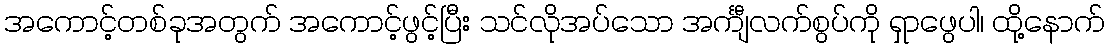
အကောင့်တစ်ခုအတွက် အကောင့်ဖွင့်ပြီး သင်လိုအပ်သော အင်္ကျီလက်စွပ်ကို ရှာဖွေပါ၊ ထို့နောက်